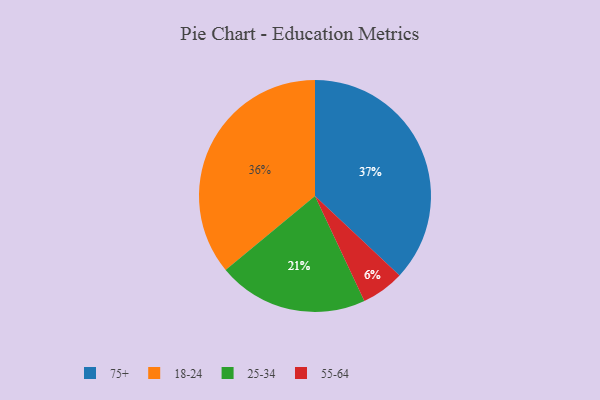
{"axis": {"x": "Category", "y": "Percentage"}, "legend": ["18-24", "25-34", "55-64", "75+"], "data": [{"x": "55-64", "y": 6, "type": "55-64"}, {"x": "75+", "y": 37, "type": "75+"}, {"x": "18-24", "y": 36, "type": "18-24"}, {"x": "25-34", "y": 21, "type": "25-34"}]}